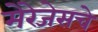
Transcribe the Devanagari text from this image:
मेरेजेसचे